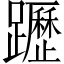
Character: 𨇗